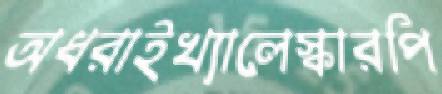
অধরাইখ্যালেস্কারপি